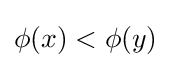
\phi (x)<\phi (y)